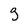
Character: 9